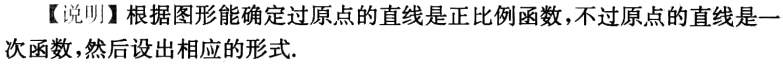
【说明】根据图形能确定过原点的直线是正比例函数，不过原点的直线是一次函数，然后设出相应的形式.